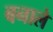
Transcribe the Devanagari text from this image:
बनाले